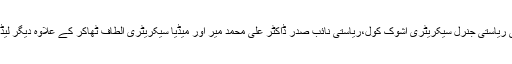
تقریب میں بی جے پی ریاستی جنرل سیکریٹری اشوک کول،ریاستی نائب صدر ڈاکٹر علی محمد میر اور میڈیا سیکریٹری الطاف ٹھاکر کے علاوہ دیگر لیڈراں بھی موجود تھے۔